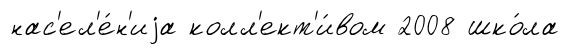
нас'ел'е́н'иjа колл'ект'и́вом 2008 шко́ла